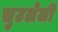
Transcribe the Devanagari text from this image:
सुटलेली